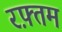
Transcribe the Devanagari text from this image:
रफ़्तम